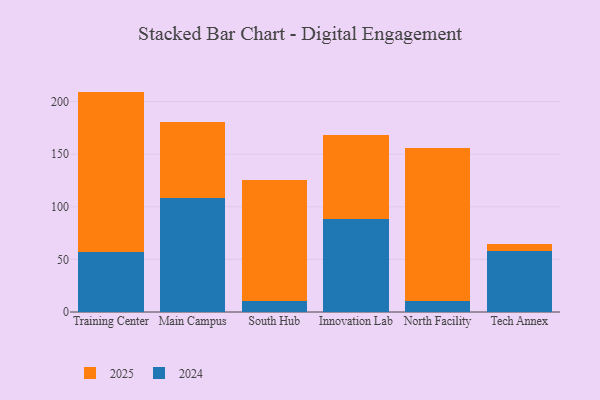
{"axis": {"x": "Campus", "y": "Operating Costs (USD K)"}, "legend": ["2024", "2025"], "data": [{"x": "Training Center", "y": 57.3, "type": "2024"}, {"x": "Training Center", "y": 152.2, "type": "2025"}, {"x": "Main Campus", "y": 108.8, "type": "2024"}, {"x": "Main Campus", "y": 72.2, "type": "2025"}, {"x": "South Hub", "y": 10.9, "type": "2024"}, {"x": "South Hub", "y": 114.9, "type": "2025"}, {"x": "Innovation Lab", "y": 88.2, "type": "2024"}, {"x": "Innovation Lab", "y": 79.7, "type": "2025"}, {"x": "North Facility", "y": 10.0, "type": "2024"}, {"x": "North Facility", "y": 145.8, "type": "2025"}, {"x": "Tech Annex", "y": 58.4, "type": "2024"}, {"x": "Tech Annex", "y": 6.3, "type": "2025"}]}